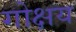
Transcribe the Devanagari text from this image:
गोक्षय